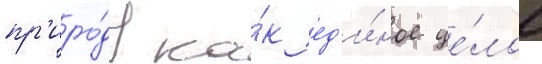
пр'иро́ду ка́к ед'и́ное це́лое